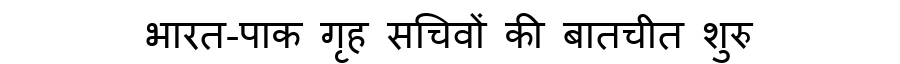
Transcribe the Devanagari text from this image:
भारत-पाक गृह सचिवों की बातचीत शुरु